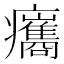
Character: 𤼒